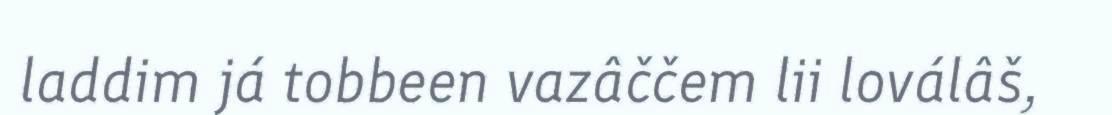
laddim já tobbeen vazâččem lii loválâš,